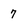
Character: 7